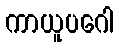
ကာယူပဂေါ